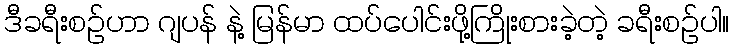
ဒီခရီးစဉ်ဟာ ဂျပန် နဲ့ မြန်မာ ထပ်ပေါင်းဖို့ကြိုးစားခဲ့တဲ့ ခရီးစဉ်ပါ။